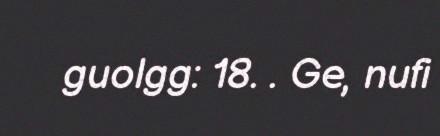
guolgg: 18. . Ge, nufi